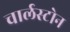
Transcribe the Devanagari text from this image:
चार्लस्टोन